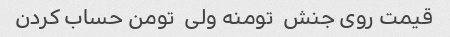
قیمت روی جنش  تومنه ولی  تومن حساب کردن